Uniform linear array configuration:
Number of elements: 16
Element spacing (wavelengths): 0.5
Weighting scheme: binomial
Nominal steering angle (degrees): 0
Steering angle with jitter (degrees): -0.8108
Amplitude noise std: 0.05
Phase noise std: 0.05

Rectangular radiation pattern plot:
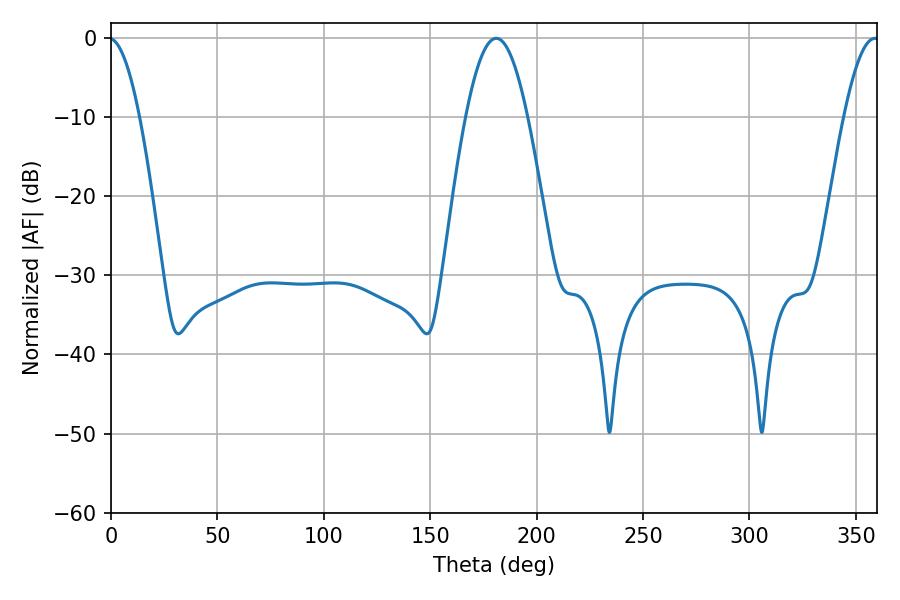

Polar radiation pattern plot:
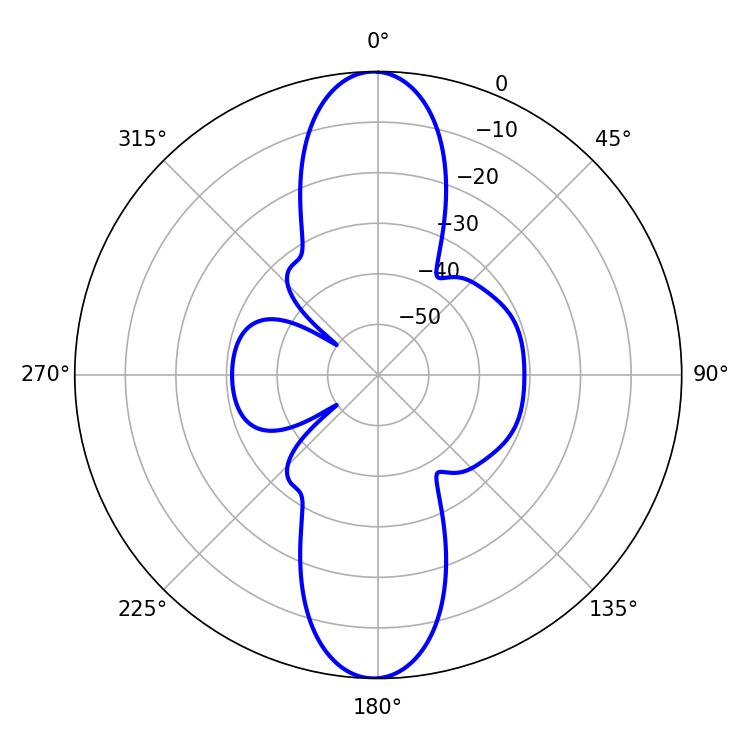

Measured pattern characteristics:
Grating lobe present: FALSE
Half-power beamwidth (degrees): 15.84
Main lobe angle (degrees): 181.08